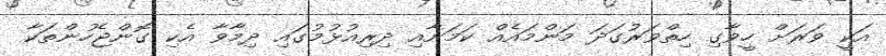
އަކީ ވަރަށް ހީވާގި ހިތްވަރުގަދަ މަންމައެއް ކަމަށާއި ދިރިއުޅުމުގައި ދިމާވާ އެކި ގޮންޖެހުންތަކާ